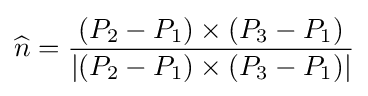
{\widehat {n}}={\frac {(P_{2}-P_{1})\times (P_{3}-P_{1})}{|(P_{2}-P_{1})\times (P_{3}-P_{1})|}}